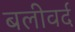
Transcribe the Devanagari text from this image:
बलीवर्द